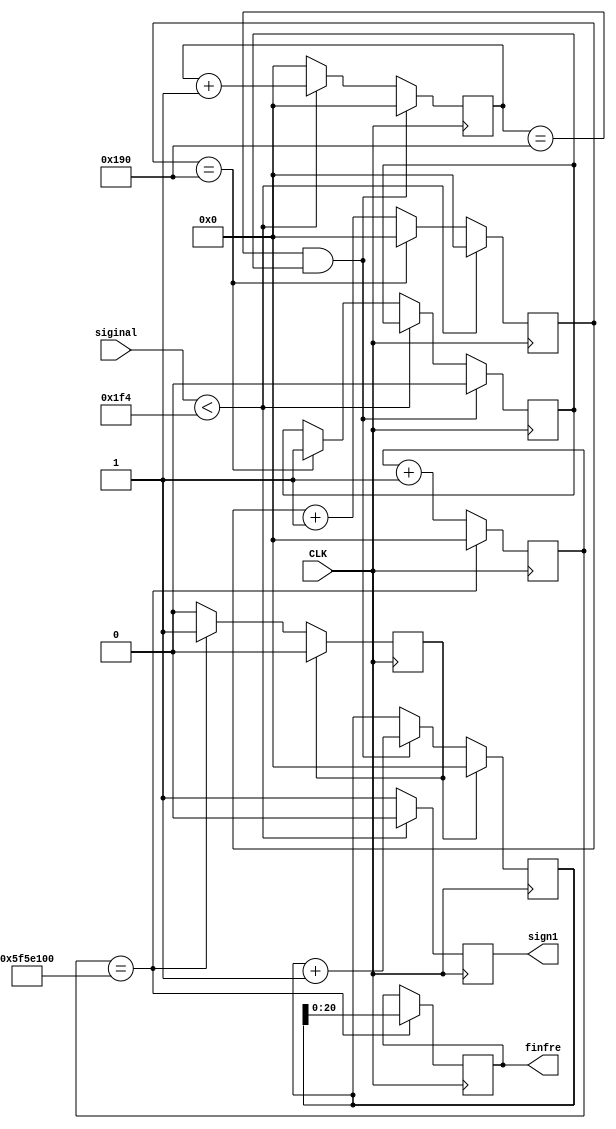
`timescale 1ns / 1ps
//////////////////////////////////////////////////////////////////////////////////

// Engineer: 
// Module Name: analogfre2binary
// Description: ad
// Waring: 0-1v

//////////////////////////////////////////////////////////////////////////////////


module analogfre2binary(
  input [11:0]siginal,//ad
  input CLK,
  output reg sign1,//
  output reg [20:0]finfre//binary
  );
  parameter T2MS=100000000;
      reg [35:0]freh;
      reg [35:0]frel;
      reg [35:0]frell;
      reg [35:0]count1;
      reg zero;
      reg clear;
always@(posedge CLK)
      begin
      if(siginal<500)
      begin
          sign1 <= 0;
          freh <= freh+1;
          frell <=0;
      end
      else
          begin
          sign1 <= 1;
          frell <= frell + 1;
          freh <= 0;
          if(frell==400)
          begin
          frell <=0;
          zero <=1;
          end
      end
      if(freh==400&&zero==1)
      begin
          frel <= frel+1;
          zero <=0;
          freh <= 0;
      end
      count1<=count1+1;
      if(count1==T2MS)
      begin
          count1<= 0;
          finfre <= frel;
          clear <= 1;
      end
      if(clear == 1)
      begin
          clear <= 0;
          frel <= 0;
      end
      end
endmodule